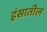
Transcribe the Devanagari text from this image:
हंसातील